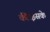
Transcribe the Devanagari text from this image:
की।इसके